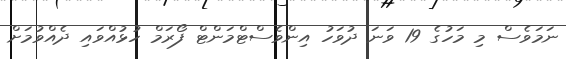
ނަމަވެސް މި މަހުގެ 19 ވަނަ ދުވަހު އިންވެސްޓްމަންޓް ފޯރަމް ހުޅުއްވައި ދެއްވުމަށް